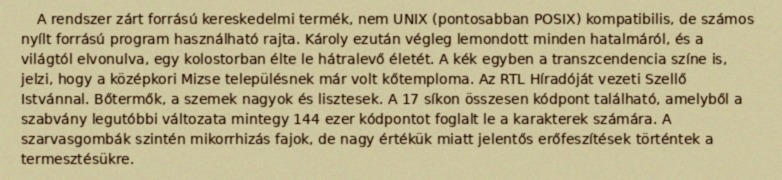
A rendszer zárt forrású kereskedelmi termék, nem UNIX (pontosabban POSIX) kompatibilis, de számos nyílt forrású program használható rajta. Károly ezután végleg lemondott minden hatalmáról, és a világtól elvonulva, egy kolostorban élte le hátralevő életét. A kék egyben a transzcendencia színe is, jelzi, hogy a középkori Mizse településnek már volt kőtemploma. Az RTL Híradóját vezeti Szellő Istvánnal. Bőtermők, a szemek nagyok és lisztesek. A 17 síkon összesen kódpont található, amelyből a szabvány legutóbbi változata mintegy 144 ezer kódpontot foglalt le a karakterek számára. A szarvasgombák szintén mikorrhizás fajok, de nagy értékük miatt jelentős erőfeszítések történtek a termesztésükre.